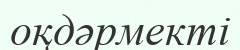
оқдәрмекті